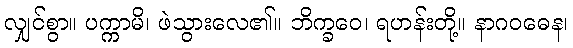
လျှင်စွာ။ ပက္ကာမိ၊ ဖဲသွားလေ၏။ ဘိက္ခဝေ၊ ရဟန်းတို့။ နာဂဝဓေန၊